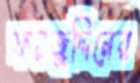
ফয়জুদ্দিনের